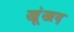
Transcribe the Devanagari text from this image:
खूंखद